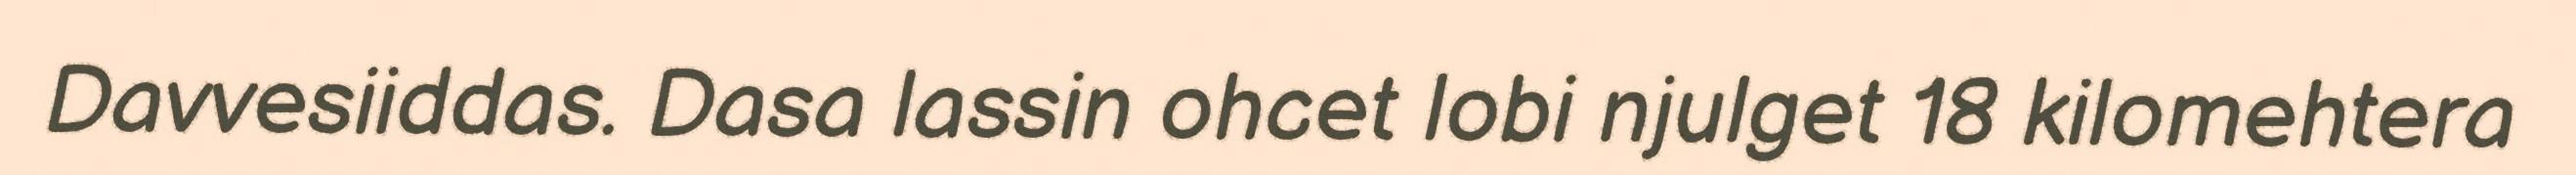
Davvesiiddas. Dasa lassin ohcet lobi njulget 18 kilomehtera